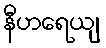
နီဟရေယျ